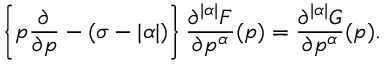
\left\{ p \frac { \partial } { \partial p } - ( \sigma - | \alpha | ) \right\} \frac { \partial ^ { | \alpha | } F } { \partial p ^ { \alpha } } ( p ) = \frac { \partial ^ { | \alpha | } G } { \partial p ^ { \alpha } } ( p ) .